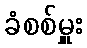
ခံစစ်မှူး